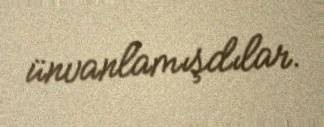
ünvanlamışdılar.